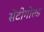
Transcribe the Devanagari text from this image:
सेंटीगोल्ड